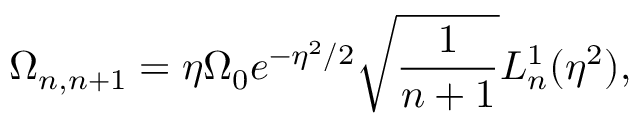
\Omega _ { n , n + 1 } = \eta \Omega _ { 0 } e ^ { - \eta ^ { 2 } / 2 } \sqrt { \frac { 1 } { n + 1 } } L _ { n } ^ { 1 } ( \eta ^ { 2 } ) ,